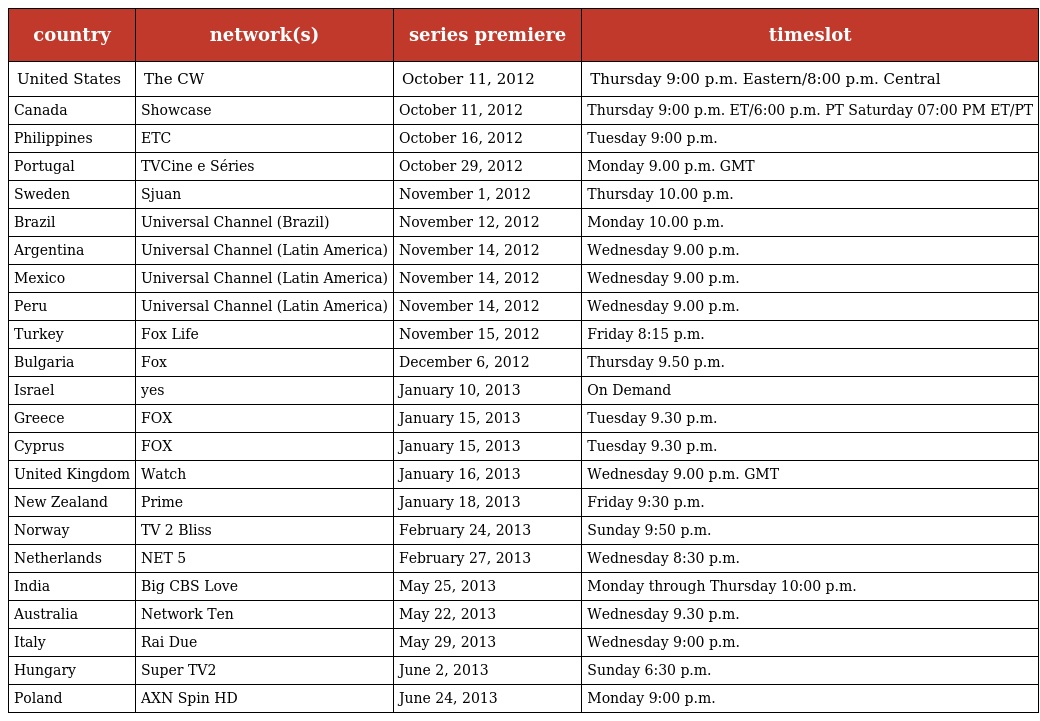
| country | network(s) | series premiere | timeslot |
 | --- | --- | --- | --- |
 | United States | The CW | October 11, 2012 | Thursday 9:00 p.m. Eastern/8:00 p.m. Central |
 | Canada | Showcase | October 11, 2012 | Thursday 9:00 p.m. ET/6:00 p.m. PT Saturday 07:00 PM ET/PT |
 | Philippines | ETC | October 16, 2012 | Tuesday 9:00 p.m. |
 | Portugal | TVCine e Séries | October 29, 2012 | Monday 9.00 p.m. GMT |
 | Sweden | Sjuan | November 1, 2012 | Thursday 10.00 p.m. |
 | Brazil | Universal Channel (Brazil) | November 12, 2012 | Monday 10.00 p.m. |
 | Argentina | Universal Channel (Latin America) | November 14, 2012 | Wednesday 9.00 p.m. |
 | Mexico | Universal Channel (Latin America) | November 14, 2012 | Wednesday 9.00 p.m. |
 | Peru | Universal Channel (Latin America) | November 14, 2012 | Wednesday 9.00 p.m. |
 | Turkey | Fox Life | November 15, 2012 | Friday 8:15 p.m. |
 | Bulgaria | Fox | December 6, 2012 | Thursday 9.50 p.m. |
 | Israel | yes | January 10, 2013 | On Demand |
 | Greece | FOX | January 15, 2013 | Tuesday 9.30 p.m. |
 | Cyprus | FOX | January 15, 2013 | Tuesday 9.30 p.m. |
 | United Kingdom | Watch | January 16, 2013 | Wednesday 9.00 p.m. GMT |
 | New Zealand | Prime | January 18, 2013 | Friday 9:30 p.m. |
 | Norway | TV 2 Bliss | February 24, 2013 | Sunday 9:50 p.m. |
 | Netherlands | NET 5 | February 27, 2013 | Wednesday 8:30 p.m. |
 | India | Big CBS Love | May 25, 2013 | Monday through Thursday 10:00 p.m. |
 | Australia | Network Ten | May 22, 2013 | Wednesday 9.30 p.m. |
 | Italy | Rai Due | May 29, 2013 | Wednesday 9:00 p.m. |
 | Hungary | Super TV2 | June 2, 2013 | Sunday 6:30 p.m. |
 | Poland | AXN Spin HD | June 24, 2013 | Monday 9:00 p.m. |